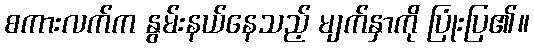
စကားလက်က နွမ်းနယ်နေသည့် မျက်နှာကို ပြုံးပြ၏။